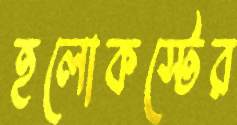
হলোকস্টের